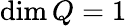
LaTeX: \dim Q=1